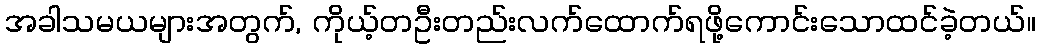
အခါသမယများအတွက်, ကိုယ့်တဦးတည်းလက်ထောက်ရဖို့ကောင်းသောထင်ခဲ့တယ်။